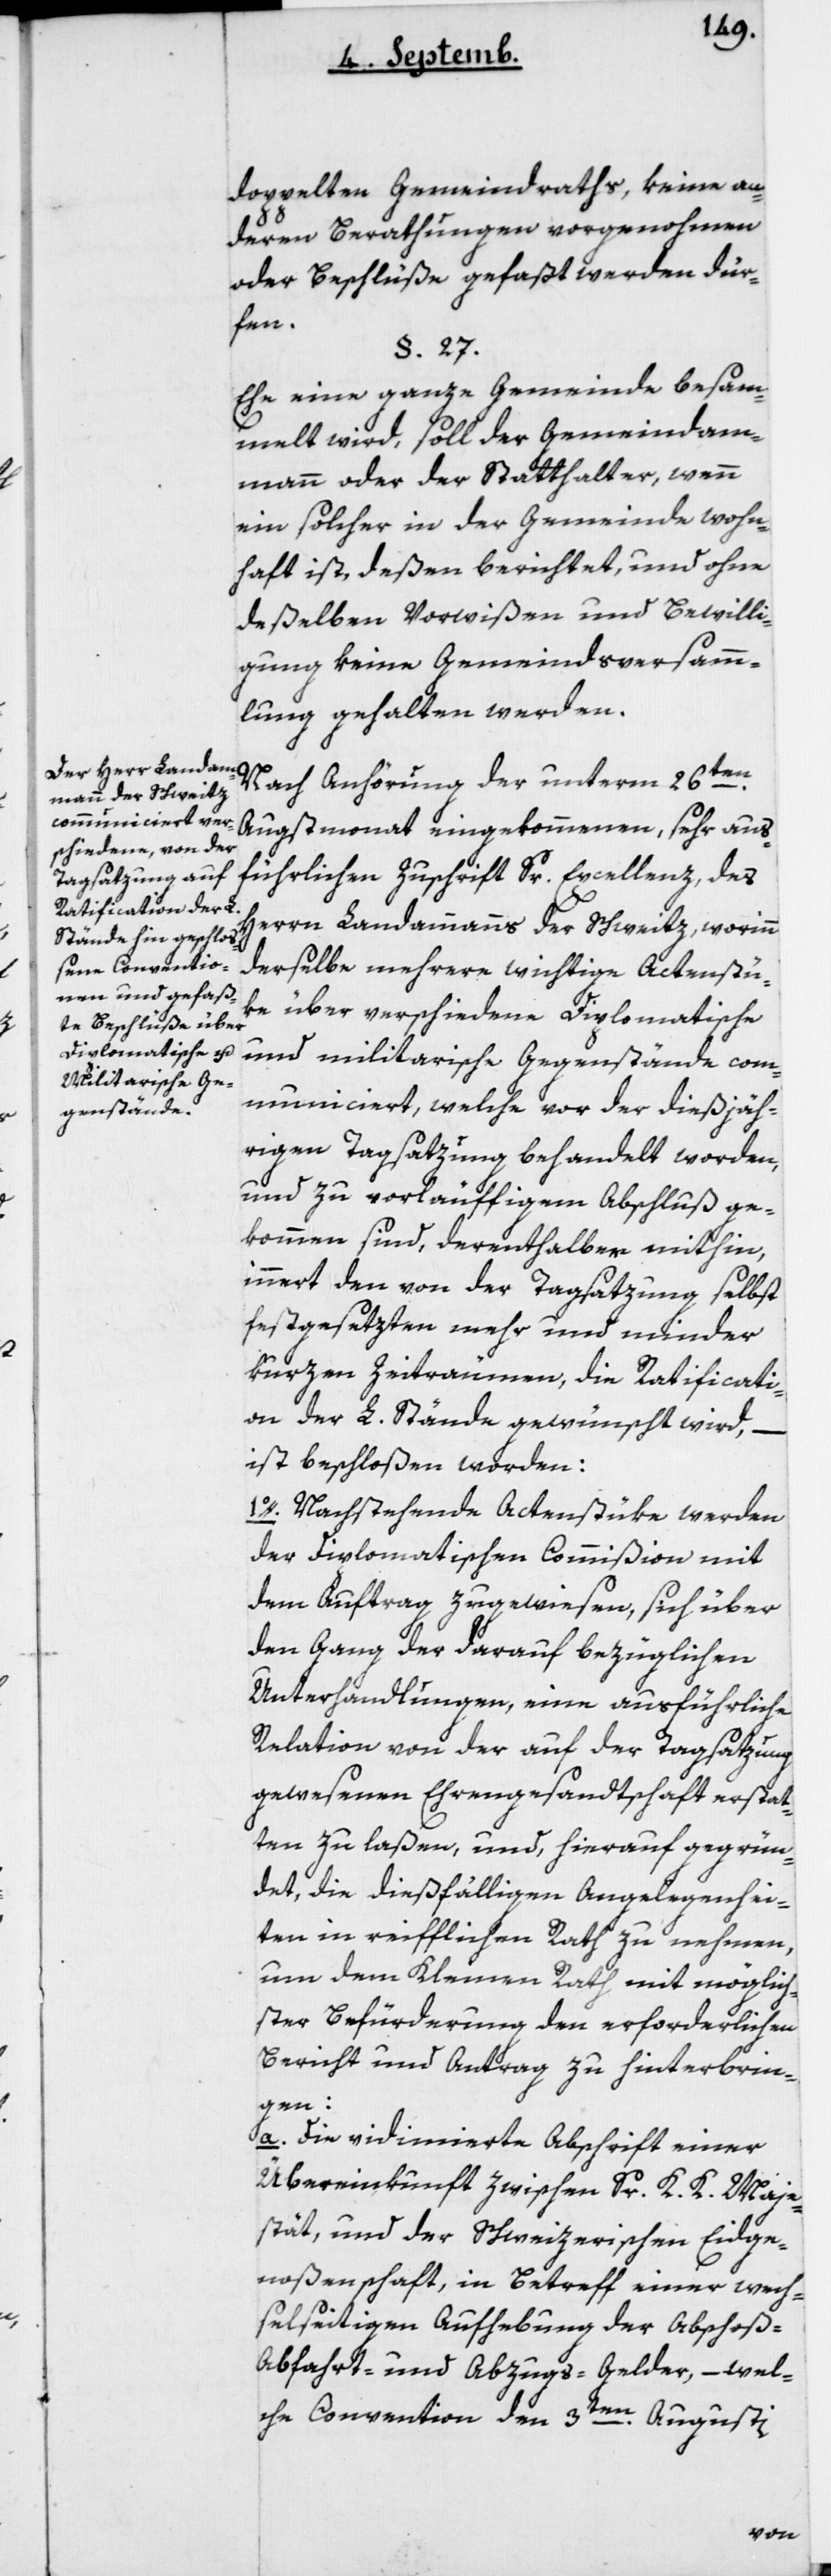
doppelten Gemeindraths, keine an¬
deren Berathungen vorgenommen
oder Beschlüße gefaßt werden dür¬
fen.
Ehe eine ganze Gemeinde besam¬
melt wird, soll der Gemeindam¬
mann oder der Statthalter, wenn
ein solcher in der Gemeinde wohn¬
haft ist, deßen berichtet, und ohne
deßelben Vorwißen und Bewilli¬
gung keine Gemeindsversamm¬
lung gehalten werden.
Nach Anhörung der unterm 26ten
Augstmonat eingekommenen, sehr aus¬
führlichen Zuschrift Sr Excellenz, des
Herrn Landammanns der Schweitz, worinn
derselbe mehrere wichtige Actenstü¬
ke über verschiedene Diplomatische
und militarische Gegenstände com¬
municiert, welche vor der diesjäh¬
rigen Tagsazung behandelt worden,
und zu vorläufigem Abschluß ge¬
kommen sind, derenthalben mithin,
innert den von der Tagsatzung selbst
festgesetzten mehr und minder
kurzen Zeiträumen, die Ratificati¬
on der L. Stände gewünscht wird, –
ist beschloßen worden:
1o. Nachstehende Actenstüke werden
der diplomatischen Commißion mit
dem Auftrag zugewiesen, sich über
den Gang der darauf bezüglichen
Unterhandlungen, eine ausführliche
Relation von der auf der Tagsatzung
gewesenen Ehrengesandtschaft erstat¬
ten zu laßen, und hierauf gegrün¬
det, die dießfälligen Angelegenhei¬
ten in reifflichen Rath zu nehmen,
um dem Kleinen Rath mit möglich¬
ster Befürderung den erforderlichen
Bericht und Antrag zu hinterbrin¬
gen:
a. Die vidimierte Abschrift einer
Übereinkunft zwischen Sr K. K. Maje¬
stät und der Schweizerischen Eidge¬
noßenschaft, in Betreff einer wech¬
selseitigen Aufhebung der Abschoß-,
Abfahrt- und Abzugs-Gelder, – wel¬
che Convention den 3ten Augusti